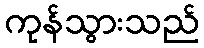
ကုန်သွားသည်